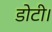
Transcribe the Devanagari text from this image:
डोटी।